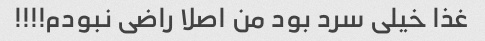
غذا خیلی سرد بود من اصلا راضی نبودم!!!!